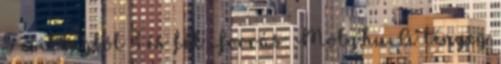
5 csillagból 3 és fél Forrás: Moly.hu A lényeg